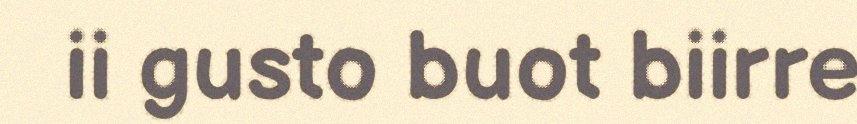
ii gusto buot biirre